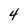
Character: 4